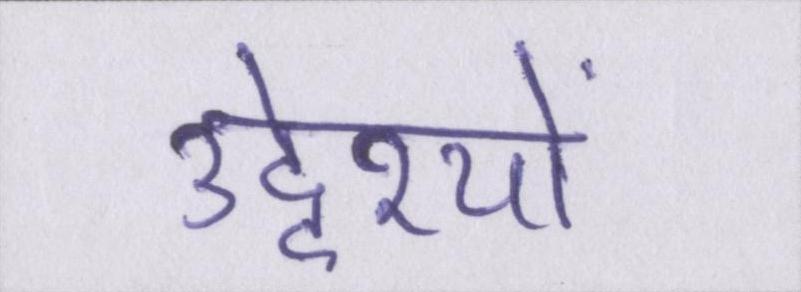
उद्देश्यों